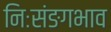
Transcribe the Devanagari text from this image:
निःसंङगभाव